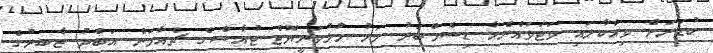
ކުޑަރަށް ވިއްކާލައި ވަޓަވައްރެހާ ޑިސެމްބަރު މަހު ހުޅުވަނީޔޮޓް ޓުއާސްގެ ޗެއާމަން އަބްދު ޖާބިރުގެ